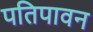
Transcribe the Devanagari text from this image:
पतिपावन